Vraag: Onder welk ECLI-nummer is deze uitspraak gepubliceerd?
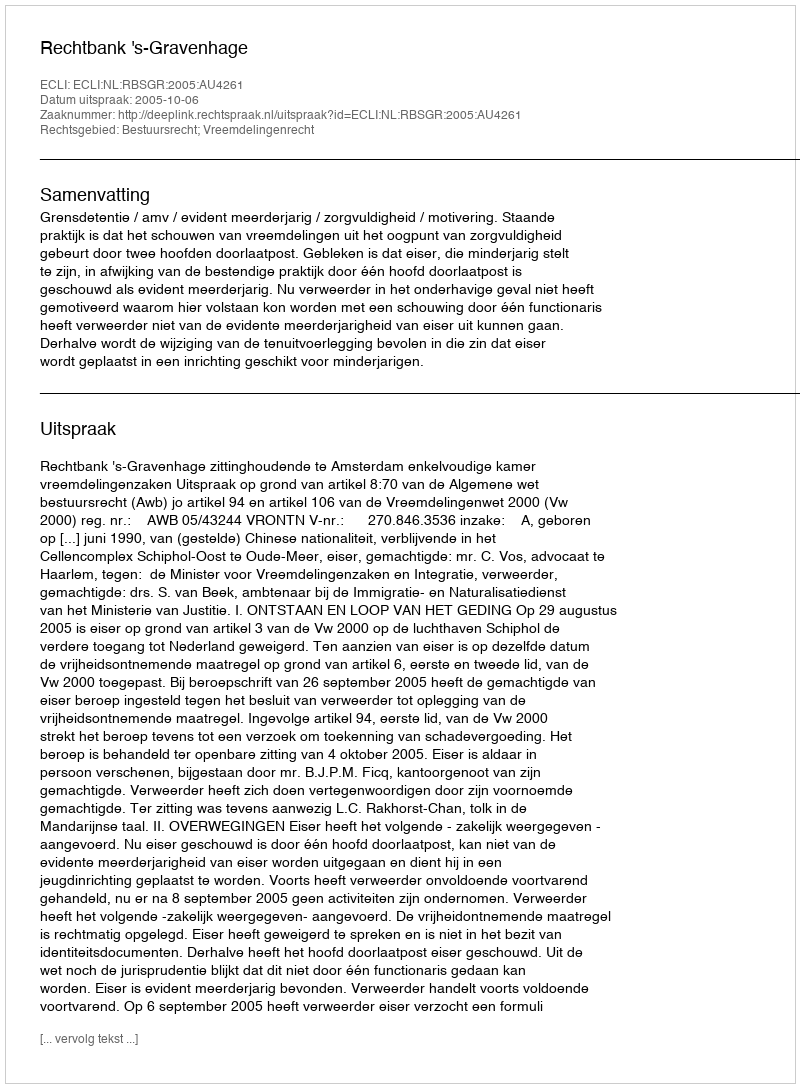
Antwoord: ECLI:NL:RBSGR:2005:AU4261